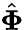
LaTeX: \hat{\mathbf\Phi}